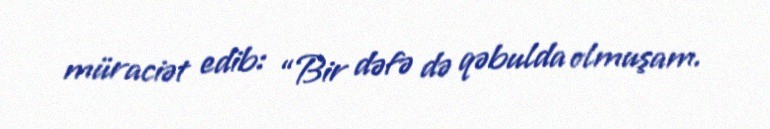
müraciət edib: “Bir dəfə də qəbulda olmuşam.